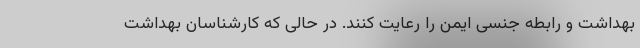
بهداشت و رابطه جنسی ایمن را رعایت کنند. در حالی که کارشناسان بهداشت